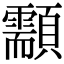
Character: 顬